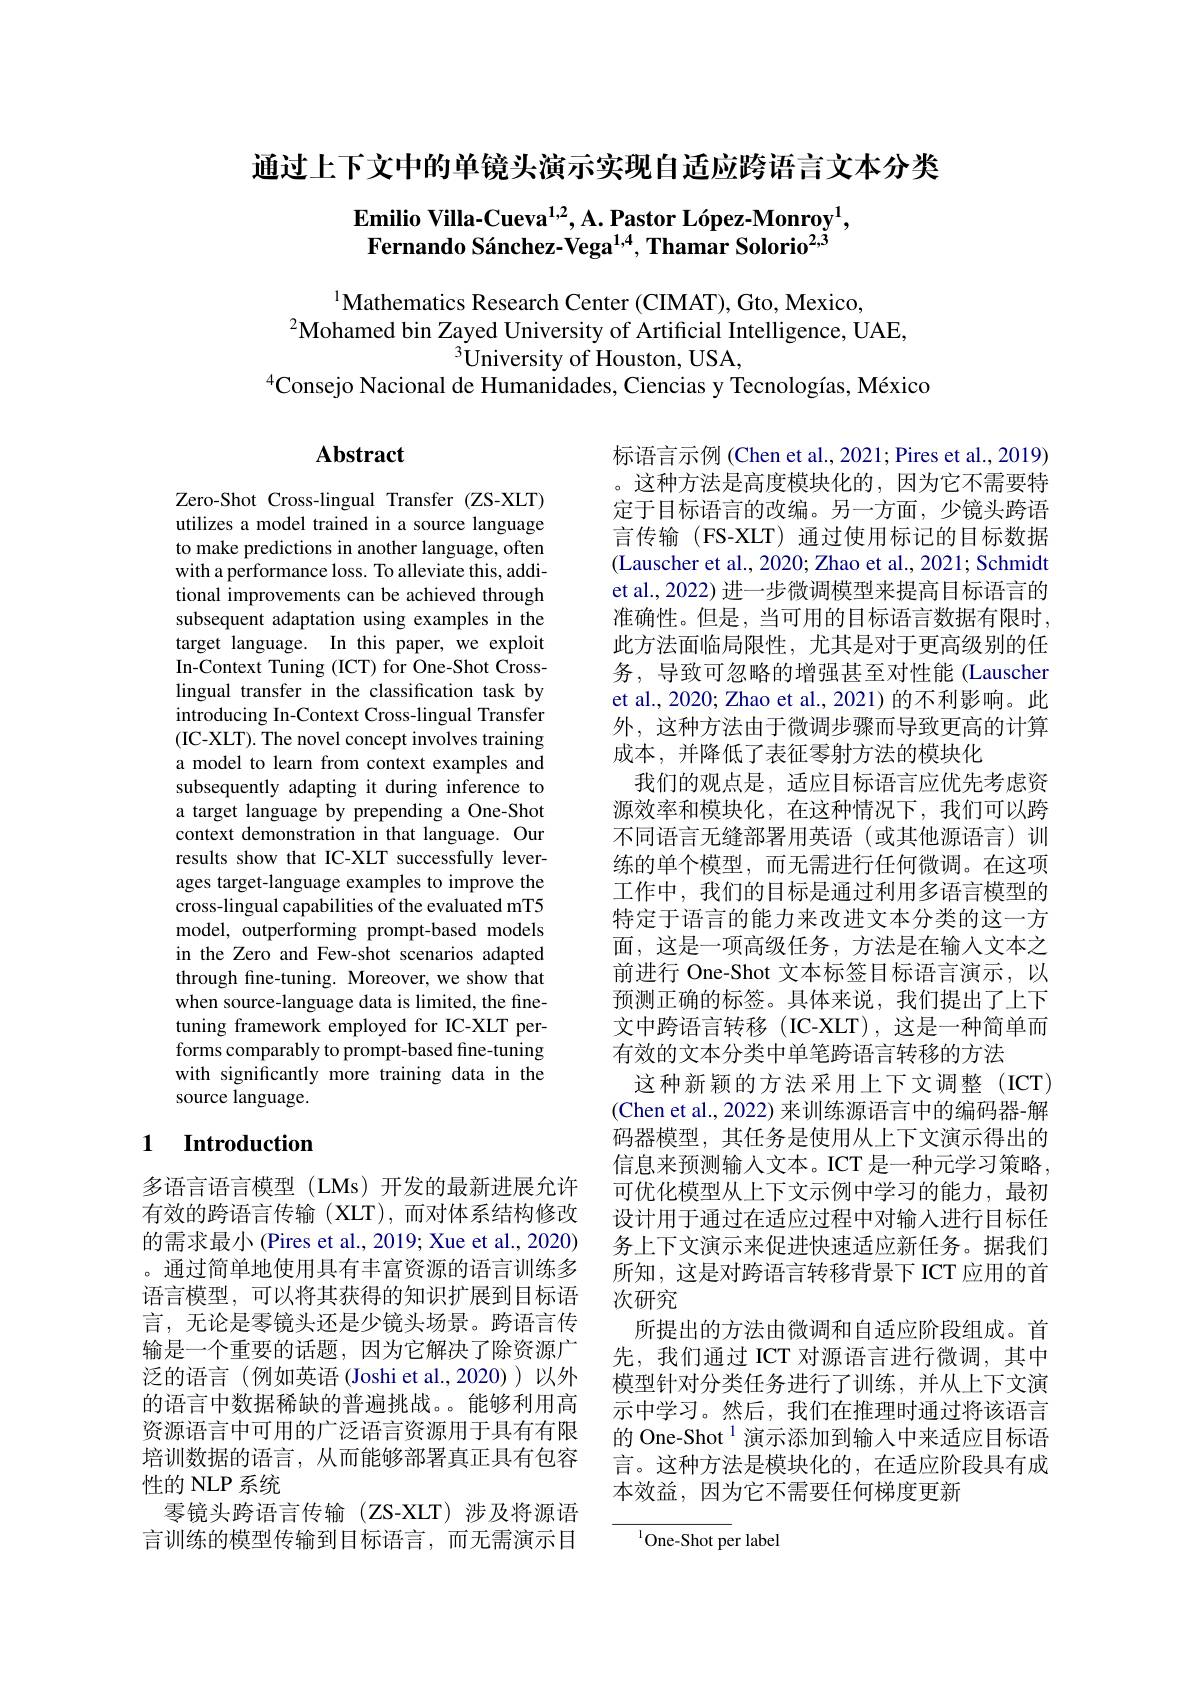
通过上下文中的单镜头演示实现自适应跨语言文本分类

$\textbf{Emilio Villa-Cueva}^{1,2},\text{A. Pastor L\'{o}pez-Monroy}^{1}$, Fernando Sánchez-Vega$^{1,4}$, Thamar Solorio$^{2,3}$

$^{1}$Mathematics Research Center (CIMAT), Gto, Mexico,
$^{2}$Mohamed bin Zayed University of Artificial Intelligence, UAE,
$^{3}\dot{\text{University of Houston, USA,}}$
$^{4}$Consejo Nacional de Humanidades, Ciencias y Tecnologías, México

# Abstract

Zero-Shot Cross-lingual Transfer (ZS-XLT) utilizes a model trained in a source language to make predictions in another language, often with a performance loss. To alleviate this, additional improvements can be achieved through subsequent adaptation using examples in the target language. In this paper, we exploit In-Context Tuning (ICT) for One-Shot Crosslingual transfer in the classification task by introducing In-Context Cross-lingual Transfer (IC-XLT). The novel concept involves training a model to learn from context examples and subsequently adapting it during inference to a target language by prepending a One-Shot context demonstration in that language. Our results show that IC-XLT successfully leverages target-language examples to improve the cross-lingual capabilities of the evaluated mT5 model, outperforming prompt-based models in the Zero and Few-shot scenarios adapted through fine-tuning. Moreover, we show that when source-language data is limited, the finetuning framework employed for IC-XLT performs comparably to prompt-based fine-tuning with significantly more training data in the source language.

标语言示例 (Chen et al., 2021; Pires et al., 2019) 。这种方法是高度模块化的，因为它不需要特定于目标语言的改编。另一方面，少镜头跨语言传输(FS-XLT)通过使用标记的目标数据(Lauscher et al., 2020; Zhao et al., 2021; Schmidt et al., 2022) 进一步微调模型来提高目标语言的准确性。但是，当可用的目标语言数据有限时， 此方法面临局限性，尤其是对于更高级别的任务，导致可忽略的增强甚至对性能(Lauscher et al., 2020; Zhao et al., 2021) 的不利影响。此外，这种方法由于微调步骤而导致更高的计算成本，并降低了表征零射方法的模块化
我们的观点是，适应目标语言应优先考虑资源效率和模块化，在这种情况下，我们可以跨不同语言无缝部署用英语(或其他源语言)训练的单个模型，而无需进行任何微调。在这项工作中，我们的目标是通过利用多语言模型的特定于语言的能力来改进文本分类的这一方面，这是一项高级任务，方法是在输入文本之前进行 One-Shot 文本标签目标语言演示，以预测正确的标签。具体来说，我们提出了上下文中跨语言转移(IC-XLT),这是一种简单而有效的文本分类中单笔跨语言转移的方法
这种新颖的方法采用上下文调整(ICT) (Chen et al., 2022) 来训练源语言中的编码器-解码器模型，其任务是使用从上下文演示得出的信息来预测输入文本。ICT 是一种元学习策略， 可优化模型从上下文示例中学习的能力，最初设计用于通过在适应过程中对输入进行目标任务上下文演示来促进快速适应新任务。据我们所知，这是对跨语言转移背景下 ICT 应用的首次研究
所提出的方法由微调和自适应阶段组成。首先，我们通过 ICT 对源语言进行微调，其中模型针对分类任务进行了训练，并从上下文演示中学习。然后，我们在推理时通过将该语言的 One-Shot $^{1}$演示添加到输入中来适应目标语言。这种方法是模块化的，在适应阶段具有成本效益，因为它不需要任何梯度更新

### 1 $\textbf{Introduction}$

多语言语言模型(LMs)开发的最新进展允许有效的跨语言传输(XLT),而对体系结构修改的需求最小 (Pires et al., 2019; Xue et al., 2020) 。通过简单地使用具有丰富资源的语言训练多语言模型，可以将其获得的知识扩展到目标语言，无论是零镜头还是少镜头场景。跨语言传输是一个重要的话题，因为它解决了除资源广泛的语言(例如英语(Joshi et al.,2020))以外的语言中数据稀缺的普遍挑战。。能够利用高资源语言中可用的广泛语言资源用于具有有限培训数据的语言，从而能够部署真正具有包容性的 NLP 系统
零镜头跨语言传输(ZS-XLT)涉及将源语言训练的模型传输到目标语言，而无需演示目

$^{1}$One-Shot per label